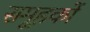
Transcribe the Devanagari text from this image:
समूहकों